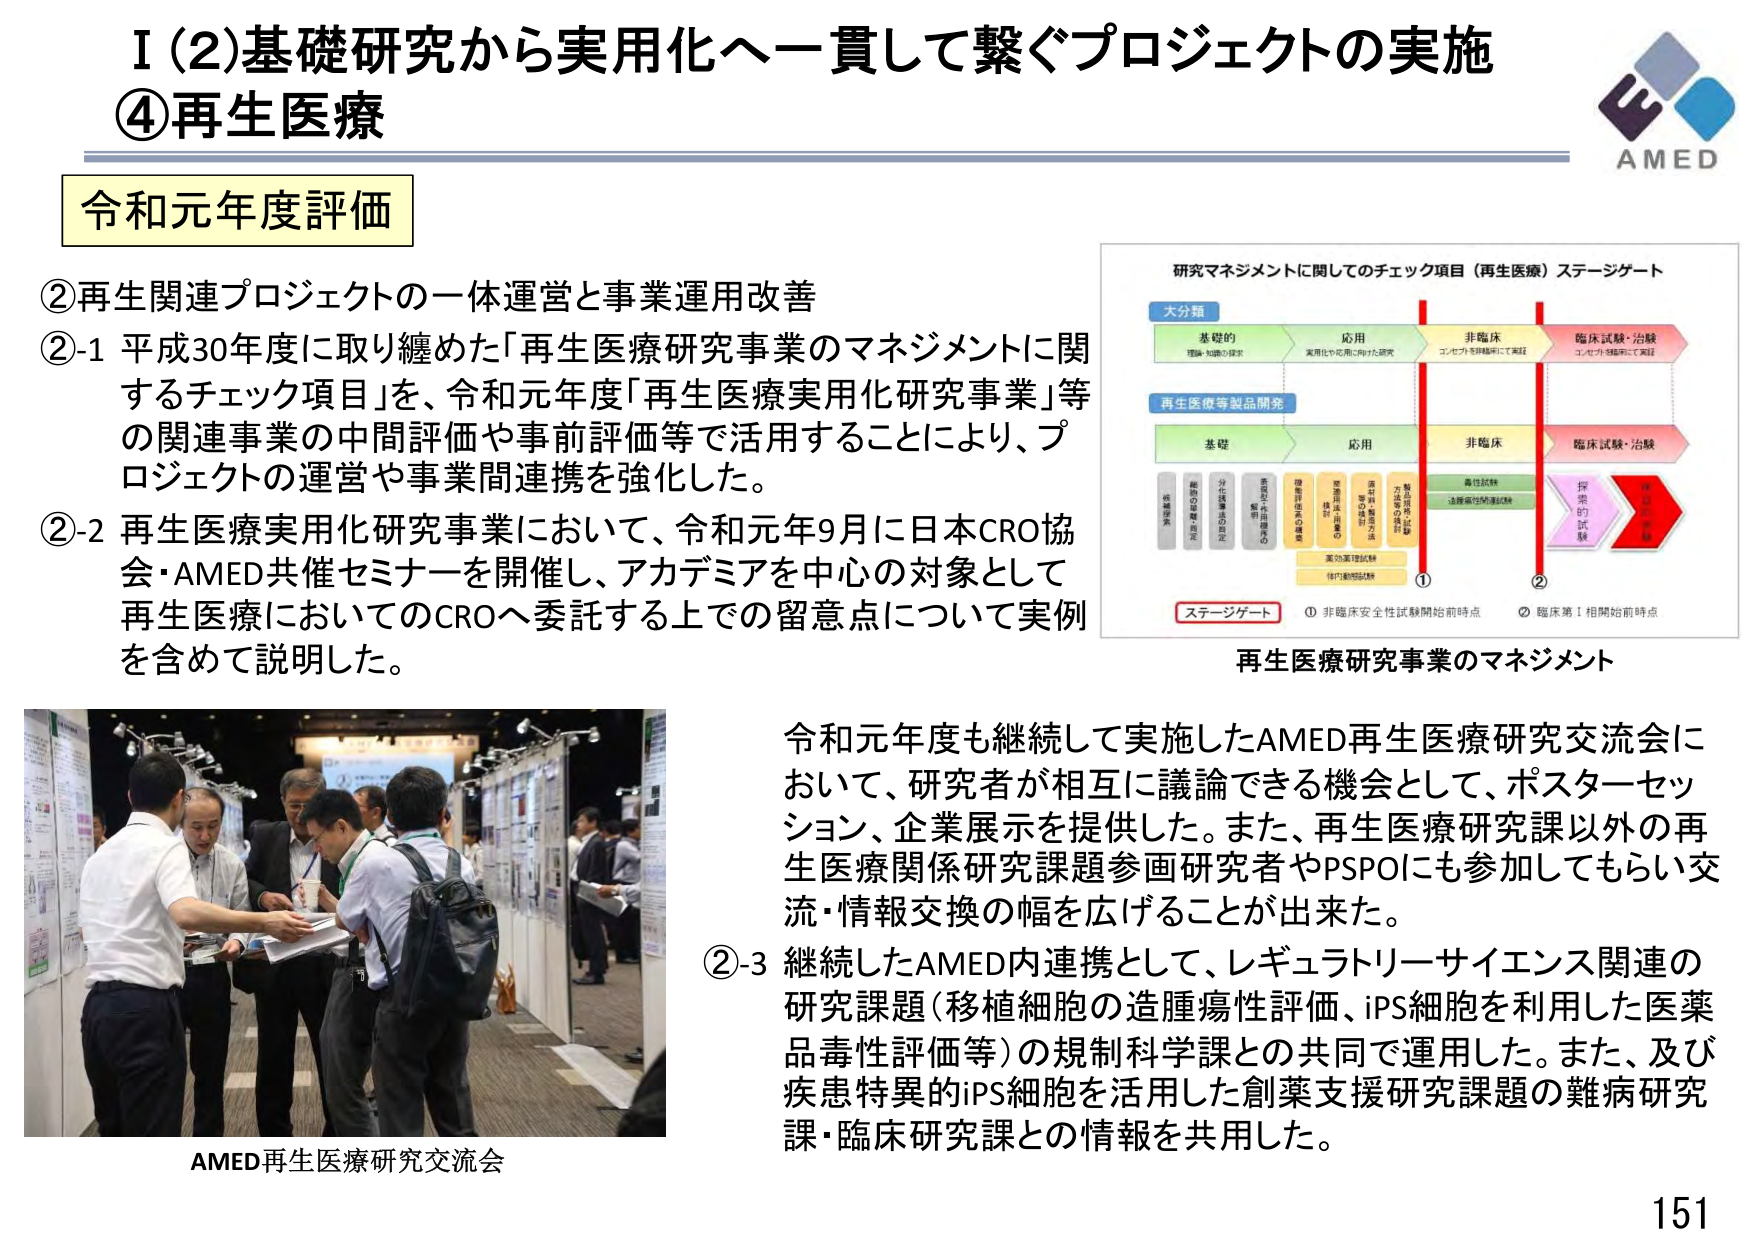
I (2) 基礎研究から実用化へ一貫して繋ぐプロジェクトの実施
④再生医療

令和元年度評価

②再生関連プロジェクトの一休運営と事業運用改善
②-1 平成30年度に取り纏めた「再生医療研究事業のマネジメントに関するチェック項目」を、令和元年度「再生医療実用化研究事業」等の関連事業の中間評価や事前評価等で活用することにより、プロジェクトの運営や事業間連携を強化した。
②-2 再生医療実用化研究事業において、令和元年9月に日本CRO協会・AMED共催セミナーを開催し、アカデミアを中心の対象として再生医療においてのCROへ委託する上での留意点について実例を含めて説明した。

研究マネジメントに関してのチェック項目（再生医療）ステージゲート
大分類
基礎的 理論・知識の探求
応用 実用化や応用に向けた研究
非臨床 コンセプトを評価・検証
臨床試験・治験 コンセプトを臨床にて検証
再生医療等製品開発
基礎
応用
非臨床
臨床試験・治験
疾病研究
最終的目標設定
分化誘導法の同定
遺伝子や細胞の選定
機能評価系の構築
製品の設計・製造
製品の検証・評価
製品等の検討
毒性試験
造腫瘍性評価試験
探索的試験
承認申請
① 非臨床安全性試験開始前時点
② 臨床第Ⅰ相開始前時点
ステージゲート

再生医療研究事業のマネジメント

令和元年度も継続して実施したAMED再生医療研究交流会において、研究者が相互に議論できる機会として、ポスターセッション、企業展示を提供した。また、再生医療研究課以外の再生医療関係研究課題参画研究者やPSPCにも参加してもらい交流・情報交換の幅を広げることが出来た。
②-3 継続したAMED内連携として、レギュラトリーサイエンス関連の研究課題（移植細胞の造腫瘍性評価、iPS細胞を利用した医薬品毒性評価等）の規制科学課との共同で運用した。また、及び疾患特異的iPS細胞を活用した創薬支援研究課題の難病研究課・臨床研究課との情報を共用した。

AMED再生医療研究交流会

AMED
151